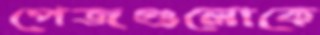
পেজগুলোকে